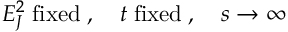
E _ { J } ^ { 2 } \; \mathrm { f i x e d } \; , \quad t \; \mathrm { f i x e d } \; , \quad s \to \infty